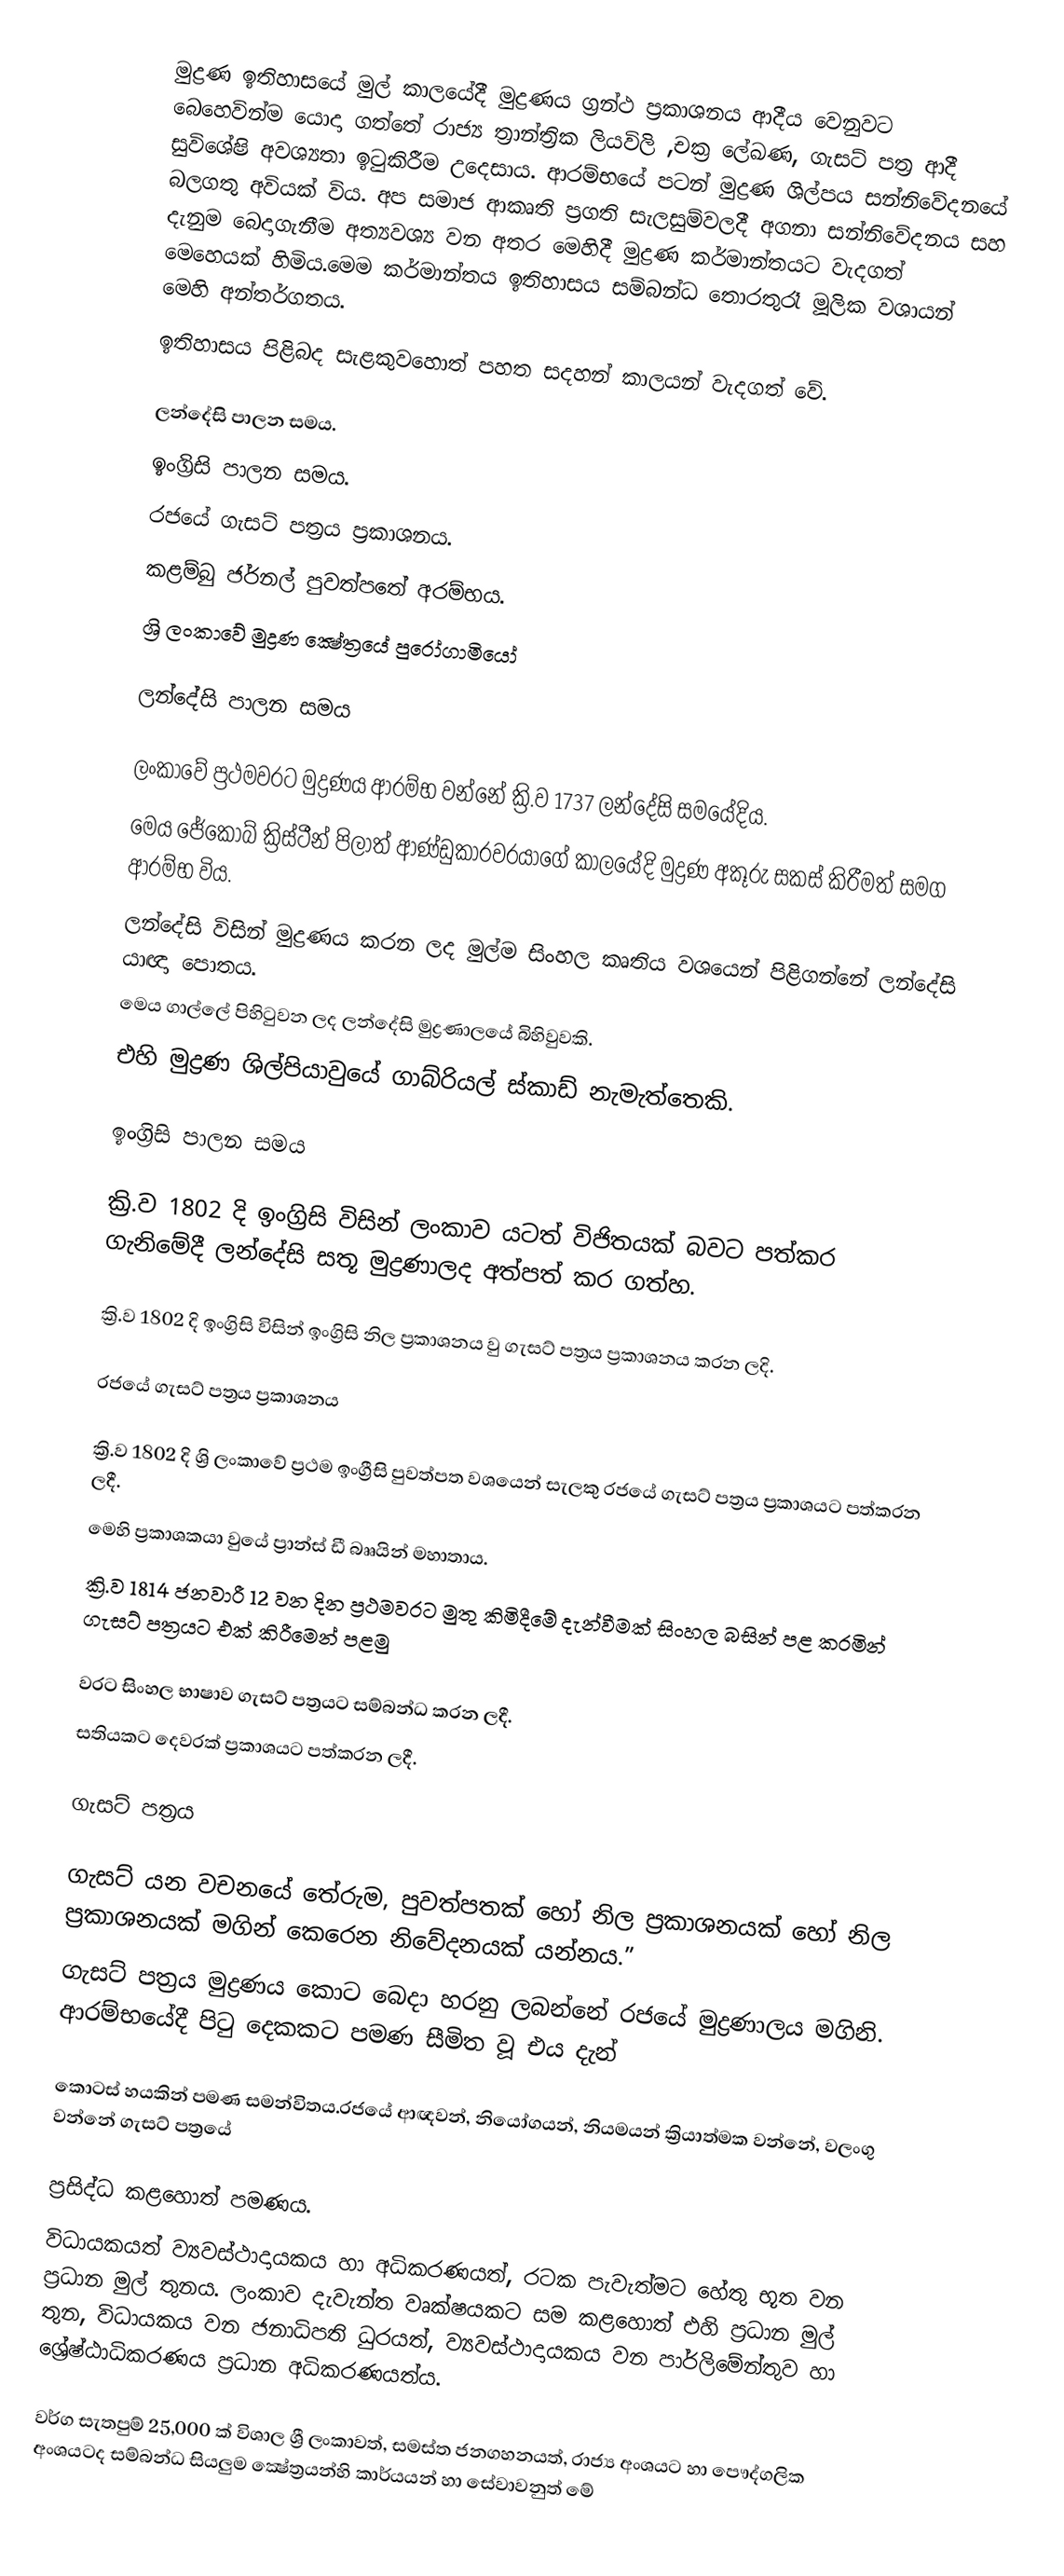
මුද්‍රණ ඉතිහාසයේ මුල් කාලයේදී මුද්‍රණය ග්‍රන්ථ ප්‍රකාශනය ආදීය වෙනුවට බෙහෙවින්ම යොදා ගත්තේ රාජ්‍ය ත්‍රාන්ත්‍රික ලියවිලි ,චක්‍ර ‍ලේඛණ, ගැස‍‍ට් පත්‍ර ආදී සුවි‍ශේෂි අවශ්‍යතා ඉටුකිරීම උදෙසාය. ආරම්භයේ පටන් මුද්‍රණ ශිල්පය සන්නිවේදනයේ බලගතු අවියක් විය. අප සමාජ ආකෘති ප‍්‍රගති සැලසුම්වලදී අගනා සන්නිවේදනය සහ දැනුම බෙදාගැනීම අත්‍යවශ්‍ය වන අතර මෙහිදී මුද්‍රණ කර්මාන්තයට වැදගත් මෙහෙයක් හිමිය.මෙම කර්මාන්තය ඉතිහාසය සම්බන්ධ තොරතුරෑ මූලික වශායන් මෙහි අන්තර්ගතය.
ඉතිහාසය පිළිබද සැළකුවහොත් පහත සදහන් කාලයන් වැදගත් වේ.

ලන්දේසි පාලන සමය.
ඉංග්‍රිසි පාලන සමය.
රජයේ ගැසට් පත්‍රය ප්‍රකාශනය.
කළම්බු ජර්නල් පුවත්පතේ අරම්භය.
ශ්‍රි ලංකා‍‍‍වේ මුද්‍රණ ක්‍ෂේත්‍රයේ පුරෝගාමියෝ

ලන්දේසි පාලන සමය

ලංකාවේ ප්‍රථමවර‍ට මුද්‍රණය  ආරම්භ වන්නේ ක්‍රි.ව 1737 ලන්දේසි සමයේදිය.
මෙය  ජේකොබ් ක්‍රිස්ටීන් පිලාත් ආණ්ඩුකාරවරයාගේ කාලයේදි  මුද්‍රණ අකූරු සකස් කිරීමත් සමග ආරම්භ විය.
ලන්දේසි විසින් මුද්‍රණ‍ය කරන ලද මුල්ම සිංහල කෘති‍ය වශයෙන් පිළිගන්නේ ලන්දේසි ‍යාඥා පොතය.
මෙය ගාල්ලේ පිහිටුවන ලද ලන්දේසි  මුද්‍රණාලයේ බිහිවුවකි.
එහි මුද්‍රණ ශිල්පියාවුයේ ගාබ්රියල් ස්කාඩ් නැමැත්තෙකි.

ඉංග්‍රිසි පාලන සමය

ක්‍රි.ව 1802 දි ඉංග්‍රිසි  විසින් ලංකාව ය‍ටත් විජිතයක්  බවට පත්කර ගැනිමේදී ලන්දේසි සතූ මුද්‍රණාලද අත්පත් කර ගත්හ.

ක්‍රි.ව 1802 දි ඉංග්‍රිසි  විසින් ඉංග්‍රිසි  නිල ප්‍රකාශනය වු ගැසට් පත්‍රය ප්‍රකාශනය කරන ලදි.

රජයේ ගැසට් පත්‍රය ප්‍රකාශනය

ක්‍රි.ව 1802 දි ශ්‍රි ලංකාවේ ප්‍රථම ඉංග්‍රීසි පුවත්පත වශයෙන් සැලකු රජයේ ගැසට් පත්‍රය ප්‍රකාශය‍ට පත්කරන ලදී.
මෙහි  ප්‍රකාශකයා වුයේ ප්‍රාන්ස් ඩී බෲයින් මහාතාය.
ක්‍රි.ව 1814 ජනවාරී 12 වන දින ප්‍රථමවරට මුතු කිමිදීමේ දැන්වීමක් සිංහල බසින් පළ කරමින් ගැසට් පත්‍රයට එක් කිරීමෙන් පළමු

වරට සිංහල භාෂාව ගැසට් පත්‍රයට සම්බන්ධ කරන ලදී.
සතියකට දෙවරක් ප්‍රකාශය‍ට පත්කරන ලදී.

ගැසට් පත්‍රය

ගැසට්‌ යන වචනයේ තේරුම, පුවත්පතක්‌ හෝ නිල ප්‍රකාශනයක්‌ හෝ නිල ප්‍රකාශනයක්‌ මගින් කෙරෙන නිවේදනයක්‌ යන්නය.”
ගැසට්‌ පත්‍රය මුද්‍රණය කොට බෙදා හරනු ලබන්නේ රජයේ මුද්‍රණාලය මගිනි. ආරම්භයේදී පිටු දෙකකට පමණ සීමිත වූ එය දැන්

කොටස්‌ හයකින් පමණ සමන්විතය.රජයේ ආඥවන්, නියෝගයන්, නියමයන් ක්‍රියාත්මක වන්නේ, වලංගු වන්නේ ගැසට්‌ පත්‍රයේ

ප්‍රසිද්ධ කළහොත් පමණය.
විධායකයත් ව්‍යවස්‌ථාදායකය හා අධිකරණයත්, රටක පැවැත්මට හේතු භූත වන ප්‍රධාන මුල් තුනය. ලංකාව දැවැන්ත වෘක්‌ෂයකට සම කළහොත් එහි ප්‍රධාන මුල් තුන, විධායකය වන ජනාධිපති ධුරයත්, ව්‍යවස්‌ථාදායකය වන පාර්ලිමේන්තුව හා ශ්‍රේෂ්ඨාධිකරණය ප්‍රධාන අධිකරණයත්ය.

වර්ග සැතපුම් 25,000 ක්‌ විශාල ශ්‍රී ලංකාවත්, සමස්‌ත ජනගහනයත්, රාජ්‍ය අංශයට හා පෞද්ගලික අංශයටද සම්බන්ධ සියලුම ක්‍ෂේත්‍රයන්හි කාර්යයන් හා සේවාවනුත් මේ